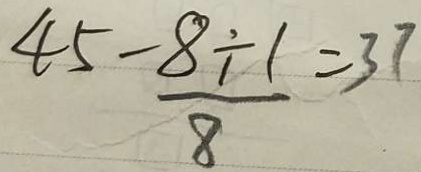
4 5 - \frac { 8 \div 1 } { 8 } = 3 7